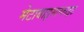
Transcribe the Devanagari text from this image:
मेटाबाइसल्फाइट